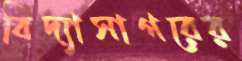
বিদ্যাসাগরের